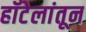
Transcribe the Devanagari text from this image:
हॉटेलांतून